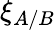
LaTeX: \xi_{A/B}